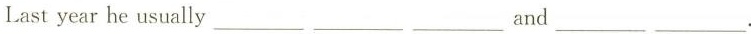
Last year he usually ___ ___ ___ and ___ ___.